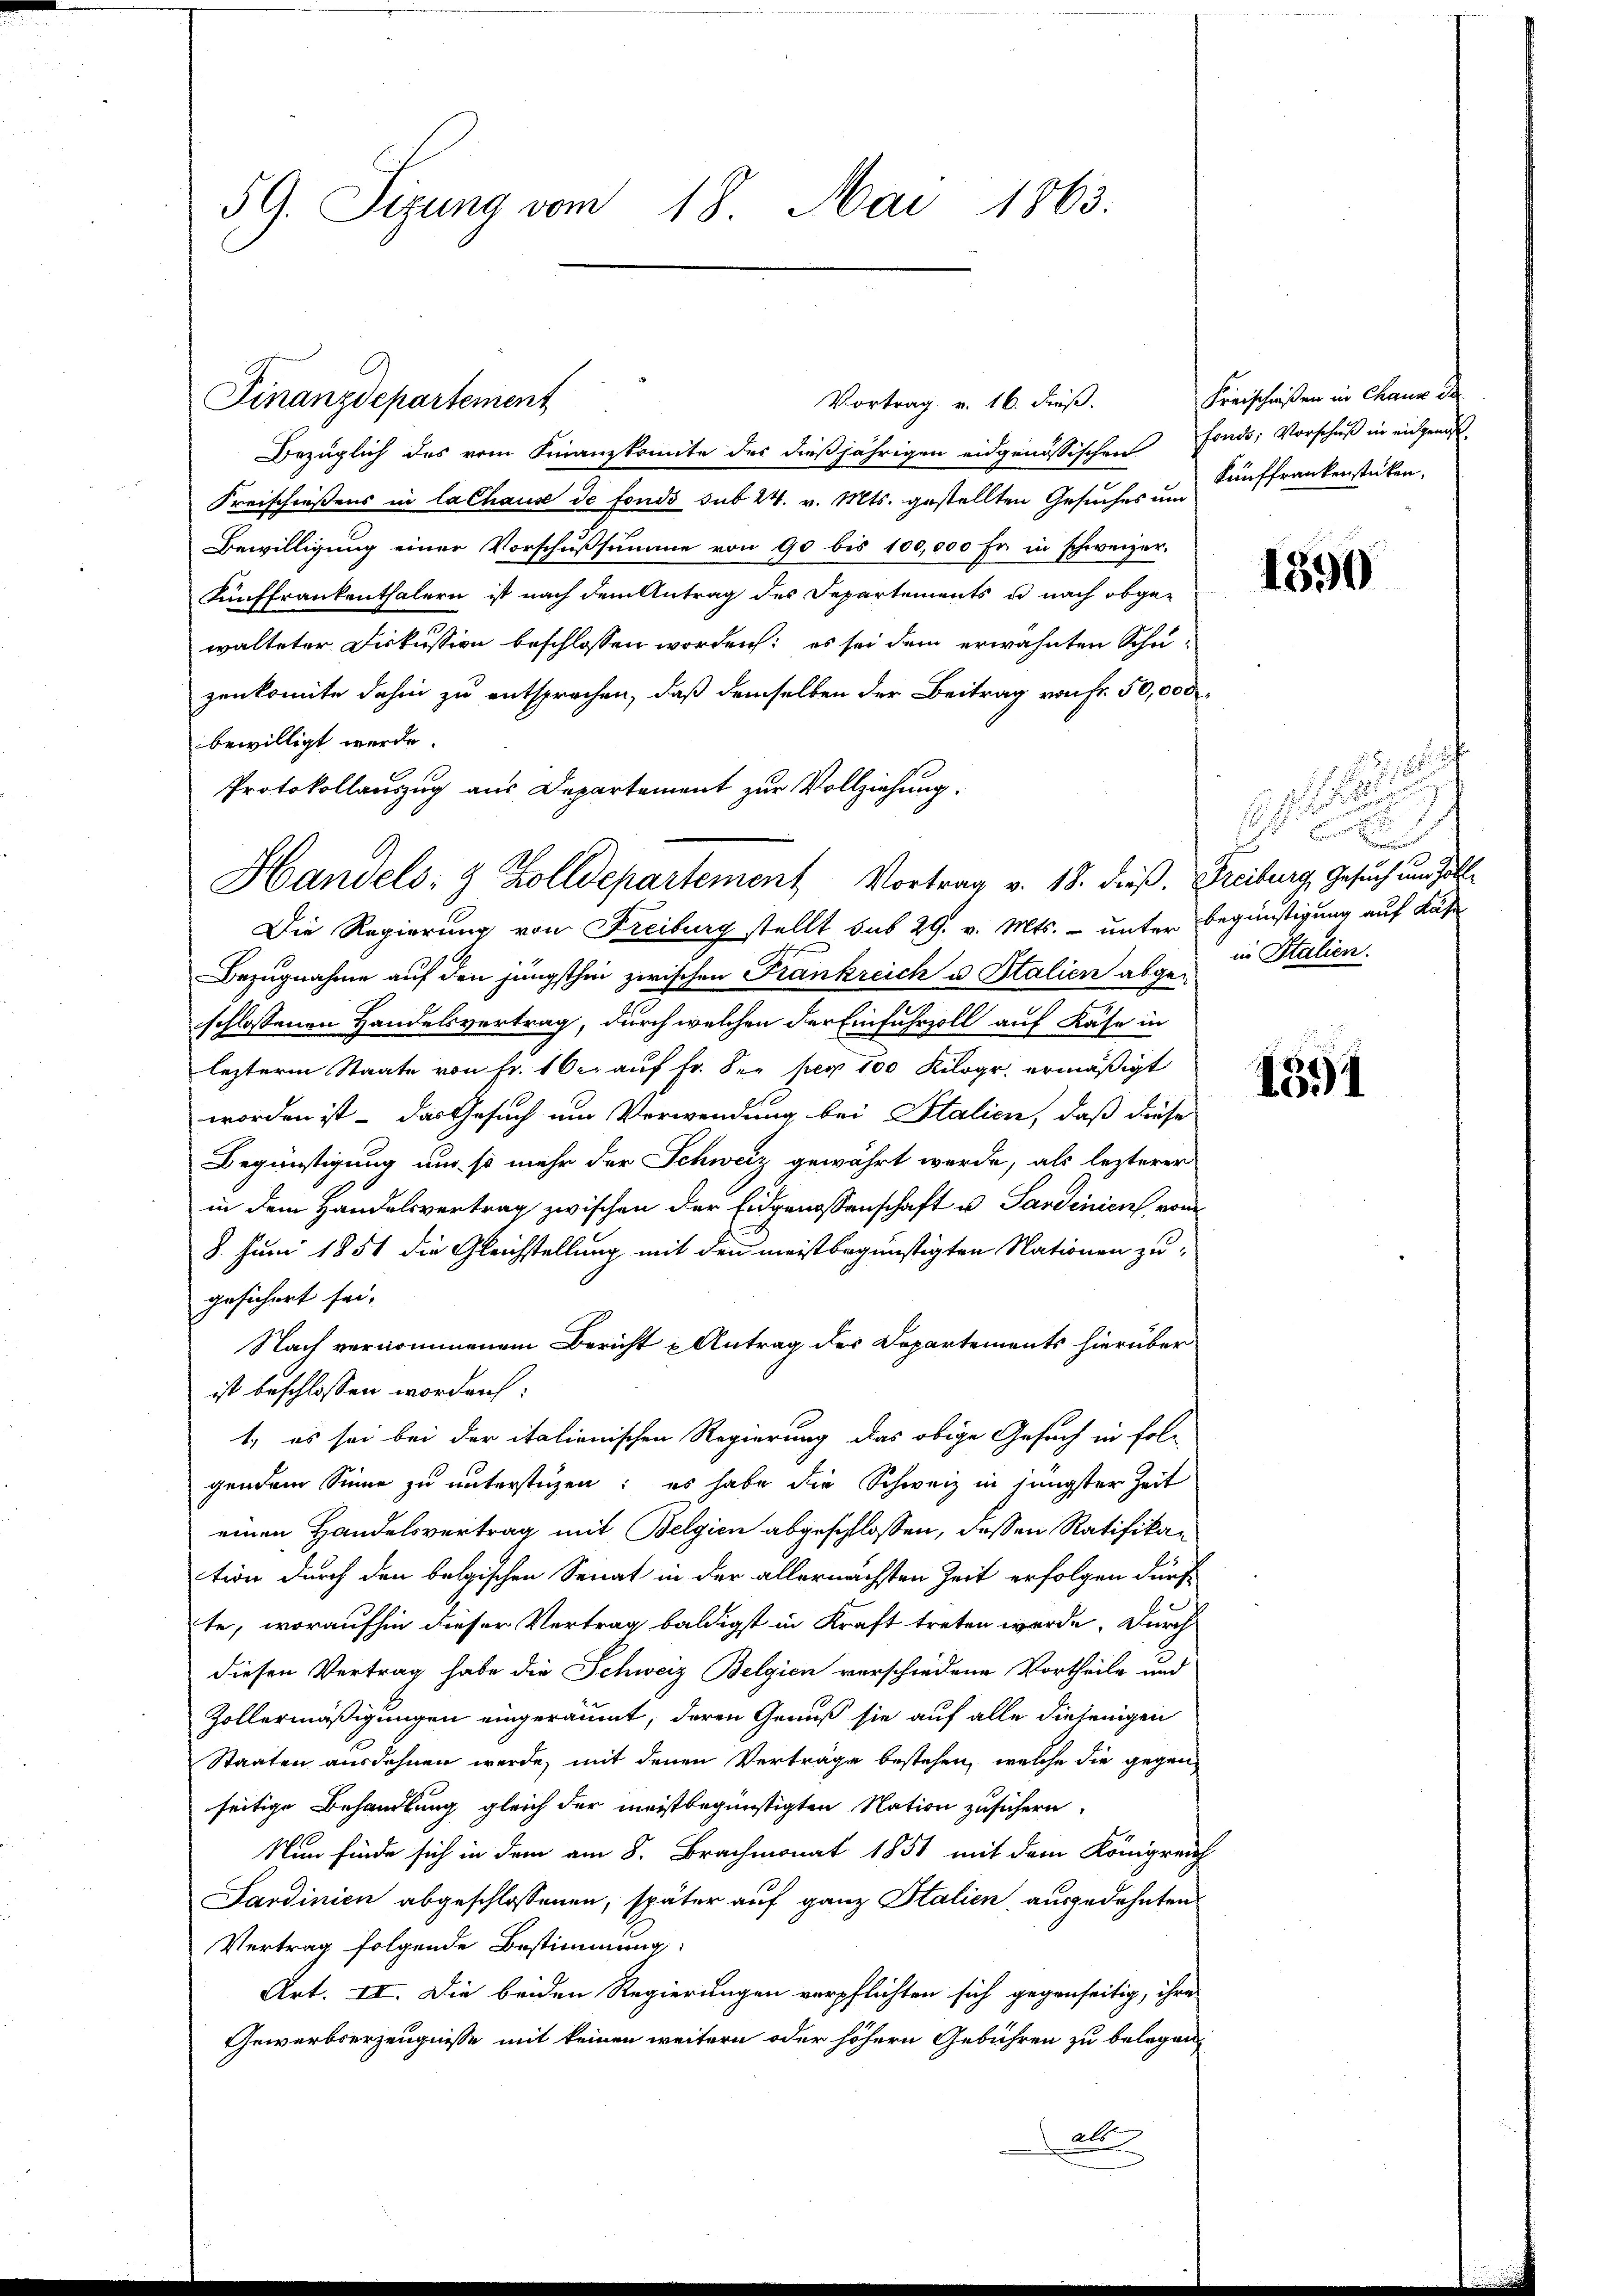
59. Sizung vom 18. Mai 1863.

Vortrag v. 16. Fuß.
Bezüglich des vom Finanzkomite des dießjährigen eidgenössischen Fonds; Vorschuß in eidgenoß¬
Kreischießens in lachause de fonds sub 24. v. Mts. gestellten Gesuches um
Bewilligung einer Vorschußsumme von 90 bis 100,000 Fr. in schweizer.
Künffrankenthalern ist nach dem Antrag des Departements u nach obgewalteter Diskussion beschlossen worden: es sei dem erwähnten Schuzenkomite dahin zu entsprochen, daß demselben der Beitrag von Fr. 50,000
bewilligt werde.
Protokollauszug aus Departement zur Vollziehung.
Handels- & Zolldepartement Vortrag v. 18. dieß. Freiburg, Gesuch um soll
Die Regierung von Freiburg stellt sub 29. v. Mts. – unter Begünstigung auf Käse
Bezugnahme auf den jüngsthin zwischen Frankreich u. Stalien abge-
schlossenen Handelsvertrag, durch welchen der Einfuhrzoll auf Käse in
lezterm Staate von Fr. 10 er auf fr. der per 100 Kilogr. ermäßigt
worden ist - das Gesuch um Verwendung bei Italien, daß diese
Begünstigung um so mehr der Schweiz gewährt werde, als lezterer
in dem Handelsvertrag zwischen der Eidgenossenschaft u. Sardinien von
8. Juni 1851 die Gleichstellung mit den meistbegünstigten Nationen zugesichert sei.
Nach vernommenem Bericht u Antrag der Departements hierüber
ist beschlossen worden:
1. es sei bei der italienischen Regierung das obige Gesuch in folg
gendem Sinne zu unterstüzen; es habe die Schweiz in jüngster Zeit
einen Handelsvertrag mit Belgien abgeschlossen, dessen Ratifikation durch den belgischen Senat in der allernächsten Zeit erfolgen dürf-
te, woraufhin dieser Vertrag baldigst in Kraft treten werde, durch
diesen Vertrag habe die Schweiz Belgien verschiedene Vortheile und
Zollermäßigungen eingeräumt, deren Genuß sie auf alle diejenigen
Staaten ausdehnen werde, mit denen Verträge bestehen, welche die gegen
seitige Behandlung gleich der meistbegünstigten Nation zusichern.
Nun finde sich in dem am 8. Brachmonat 1851 mit dem Königreich
Sardinien abgeschlossenen, später auf ganz Italien, ausgedehnten
Vertrag folgende Bestimmung:
Art. II. Die beiden Regierungen verpflichten sich gegenseitig, ihre
Gewerbserzeugnisse mit keinen weitern oder höhern Gebühren zu belegen
a

Finanzdepartement

Freischnißen in Chaus de
Künffrankenstücken.

1390

i
.
E

in Italien.

1591